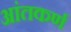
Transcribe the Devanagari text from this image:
आंतकर्ण